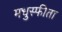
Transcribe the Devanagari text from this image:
मधुस्फीता